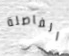
الفاصلة